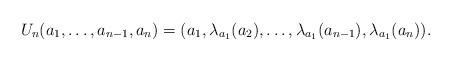
LaTeX: \begin{align*}U_n(a_1,\dots,a_{n-1},a_n)=(a_1,\lambda_{a_1}(a_2),\dots,\lambda_{a_1}(a_{n-1}),\lambda_{a_1}(a_n)).\end{align*}